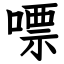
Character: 嘌